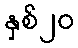
နှစ်၂၀